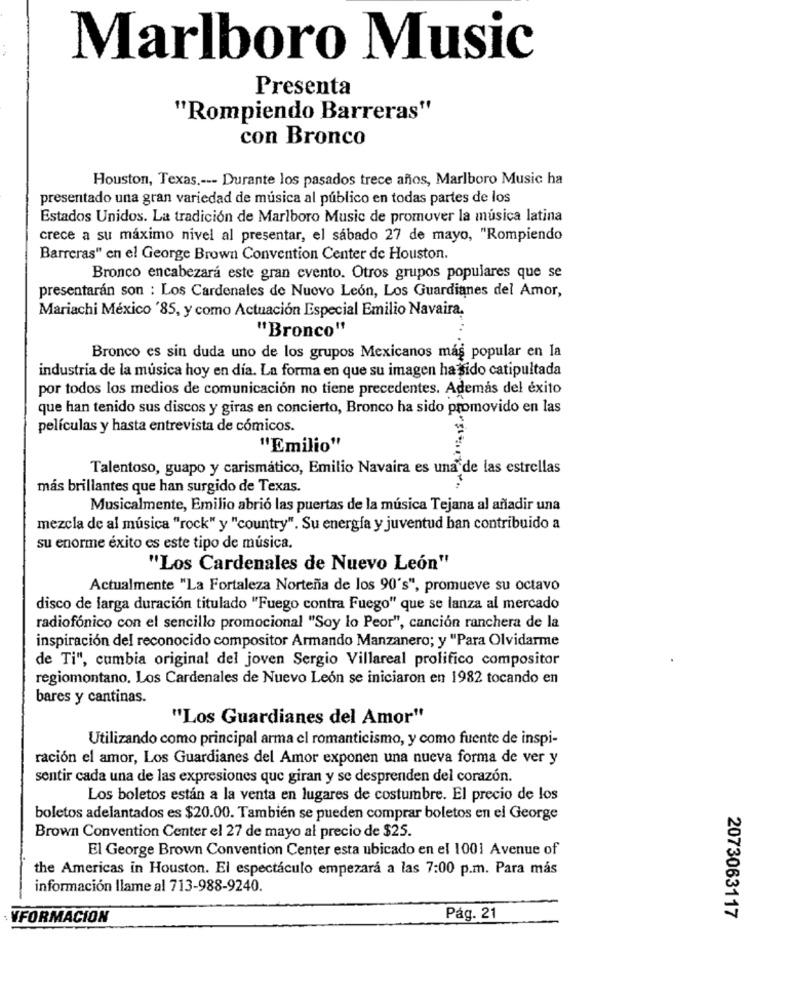
Marlboro Music
Presenta
"Rompiendo Barreras"
con Bronco
Houston, Texas .--- Durante los pasados trece años, Marlboro Music ha
presentado una gran variedad de música al público en todas partes de los
Estados Unidos. La tradición de Marlboro Music de promover la música latina
crece a su máximo nivel al presentar, el sábado 27 de mayo, "Rompiendo
Barreras" en el George Brown Convention Center de Houston.
Bronco encabezará este gran evento. Otros grupos populares que se
presentarán son : Los Cardenales de Nuevo León, Los Guardianes del Amor,
Mariachi México '85, y como Actuación Especial Emilio Navaira.
"Bronco"
Bronco es sin duda uno de los grupos Mexicanos más popular en la
industria de la música hoy en día. La forma en que su imagen ha sido catipultada
por todos los medios de comunicación no tiene precedentes. Además del éxito
que han tenido sus discos y giras en concierto, Bronco ha sido promovido en las
películas y hasta entrevista de cómicos.
"Emilio"
Talentoso, guapo y carismático, Emilio Navaira es una de las estrellas
más brillantes que han surgido de Texas.
Musicalmente, Emilio abrió las puertas de la música Tejana al añadir una
mezcla de al música "rock" y "country". Su energía y juventud ban contribuido a
su enorme éxito es este tipo de música.
"Los Cardenales de Nuevo León"
Actualmente "La Fortaleza Norteña de los 90's", promueve su octavo
disco de larga duración titulado "Fuego contra Fuego" que se lanza al mercado
radiofónico con el sencillo promocional "Soy lo Peor", canción ranchera de la
inspiración del reconocido compositor Armando Manzanero; y "Para Olvidarme
de Ti", cumbia original del joven Sergio Villareal prolifico compositor
regiomontano. Los Cardenales de Nuevo León se iniciaron en 1982 tocando en
bares y cantinas.
"Los Guardianes del Amor"
Utilizando como principal arma el romanticismo, y como fuente de inspi-
ración el amor, Los Guardianes del Amor exponen una nueva forma de ver y
sentir cada una de las expresiones que giran y se desprenden del corazón.
Los boletos están a la venta en lugares de costumbre. El precio de los
boletos adelantados es $20.00. También se pueden comprar boletos en el George
Brown Convention Center el 27 de mayo al precio de $25.
El George Brown Convention Center esta ubicado en el 1001 Avenue of
the Americas in Houston. El espectáculo empezará a las 7:00 p.m. Para más
información llame al 713-988-9240.
VFORMACION
Pág. 21
2073063117